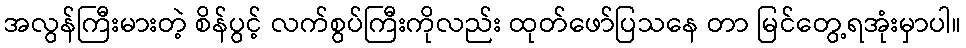
အလွန်ကြီးမားတဲ့ စိန်ပွင့် လက်စွပ်ကြီးကိုလည်း ထုတ်ဖော်ပြသနေ တာ မြင်တွေ့ရအုံးမှာပါ။